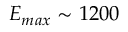
E _ { m a x } \sim 1 2 0 0